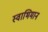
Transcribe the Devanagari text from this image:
स्‍वाभिमान